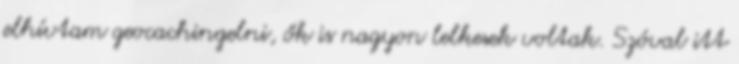
elhívtam geocachingelni, ők is nagyon lelkesek voltak. Szóval itt